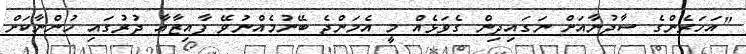
"އަހަރެންގެ ސާދުނާއަށް ނަގައިދިން ގެވަޅެއް މީ އެމަންޖެ ބޭނުމެއްނުވޭ ފާއިޒާއާ ދުރުގައި ހުންނާކަށް